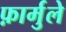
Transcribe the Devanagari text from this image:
फ़ार्मुले